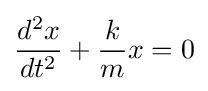
{\frac {d^{2}x}{dt^{2}}}+{\frac {k}{m}}x=0